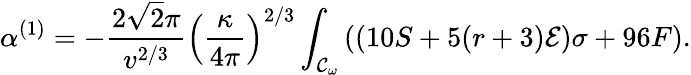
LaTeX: \alpha^{(1)}=-\frac{2\sqrt{2}\pi}{v^{2/3}}\left(\frac{\kappa}{4\pi}\right)^{2/3}\int_{{\cal{C}}_{\omega}}{((10S+5(r+3){\cal{E}})\sigma+96F)}.